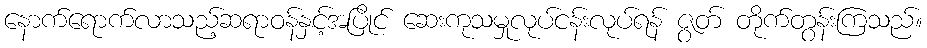
နောက်ရောက်လာသည့်ဆရာဝန်နှင့်အပြိုင် ဆေးကုသမှုလုပ်ငန်းလုပ်ရန် ဇွတ် တိုက်တွန်းကြသည်။